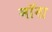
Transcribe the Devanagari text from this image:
मॉना